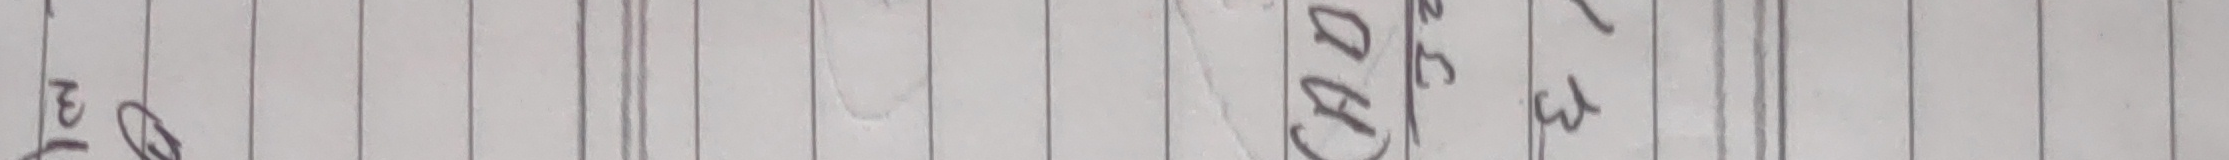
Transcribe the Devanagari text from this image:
B3 Dd ३१